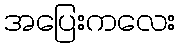
အပြေးကလေး